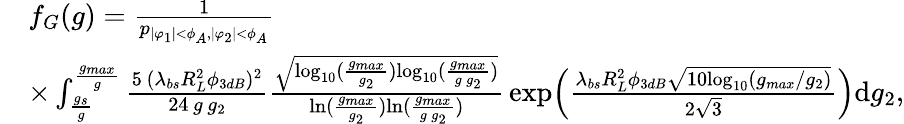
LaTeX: \begin{array}{rl}&{f_{G}(g)=\frac{1}{p_{|\varphi_{1}|<\phi_{A},|\varphi_{2}|<\phi_{A}}}}\\ &{\times\int_{\frac{g_{s}}{g}}^{\frac{g_{max}}{g}}\frac{5\, (\lambda_{bs}R_{L}^{2}\phi_{3dB})^{2}}{24\, g\, g_{2}}\frac{\sqrt{\mathrm{{log}}_{10}(\frac{g_{max}}{g_{2}}){\mathrm{log}}_{10}(\frac{g_{max}}{g\, g_{2}})}}{\mathrm{{ln}}(\frac{g_{max}}{g_{2}}){\mathrm{ln}}(\frac{g_{max}}{g\, g_{2}})}\, \mathrm{{exp}}\Big(\frac{\lambda_{bs}R_{L}^{2}\phi_{3dB}\sqrt{10{\mathrm{log}}_{10}(g_{max}/g_{2})}}{2\sqrt{3}}\Big)\mathrm{d}g_{2},}\end{array}